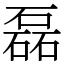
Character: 磊